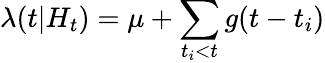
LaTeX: \lambda(t|H_{t})=\mu+\sum_{t_{i}<t}g(t-t_{i})